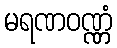
မရဏဝဏ္ဏံ